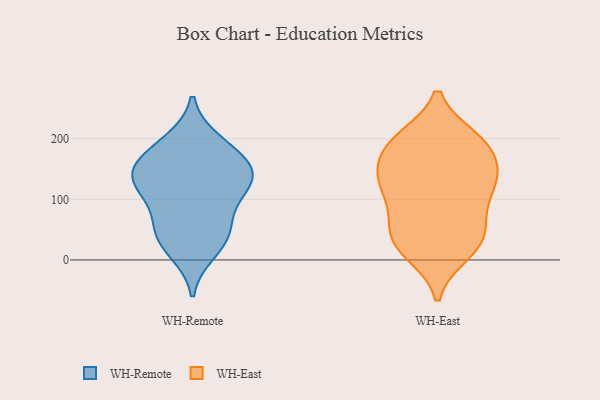
{"axis": {"x": "Population (Million)", "y": "Value"}, "legend": ["WH-East", "WH-Remote"], "data": [{"x": "", "y": 159, "type": "WH-Remote"}, {"x": "", "y": 140, "type": "WH-Remote"}, {"x": "", "y": 41, "type": "WH-Remote"}, {"x": "", "y": 135, "type": "WH-Remote"}, {"x": "", "y": 136, "type": "WH-Remote"}, {"x": "", "y": 185, "type": "WH-Remote"}, {"x": "", "y": 150, "type": "WH-Remote"}, {"x": "", "y": 108, "type": "WH-Remote"}, {"x": "", "y": 57, "type": "WH-Remote"}, {"x": "", "y": 14, "type": "WH-Remote"}, {"x": "", "y": 101, "type": "WH-Remote"}, {"x": "", "y": 195, "type": "WH-Remote"}, {"x": "", "y": 40, "type": "WH-Remote"}, {"x": "", "y": 49, "type": "WH-East"}, {"x": "", "y": 16, "type": "WH-East"}, {"x": "", "y": 76, "type": "WH-East"}, {"x": "", "y": 197, "type": "WH-East"}, {"x": "", "y": 153, "type": "WH-East"}, {"x": "", "y": 146, "type": "WH-East"}, {"x": "", "y": 200, "type": "WH-East"}, {"x": "", "y": 133, "type": "WH-East"}, {"x": "", "y": 11, "type": "WH-East"}, {"x": "", "y": 184, "type": "WH-East"}, {"x": "", "y": 23, "type": "WH-East"}, {"x": "", "y": 124, "type": "WH-East"}, {"x": "", "y": 198, "type": "WH-East"}, {"x": "", "y": 134, "type": "WH-East"}, {"x": "", "y": 189, "type": "WH-East"}, {"x": "", "y": 49, "type": "WH-East"}, {"x": "", "y": 44, "type": "WH-East"}, {"x": "", "y": 102, "type": "WH-East"}, {"x": "", "y": 116, "type": "WH-East"}]}